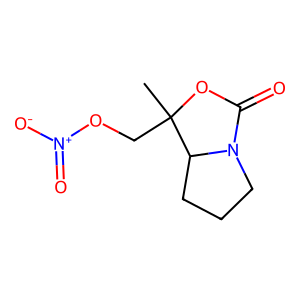
SMILES: CC1(CO[N+](=O)[O-])OC(=O)N2CCCC21
Inhibits HIV replication: No